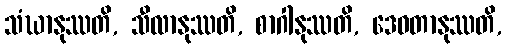
သံဃာနုဿတိ, သီလာနုဿတိ, စာဂါနုဿတိ, ဒေဝတာနုဿတိ,